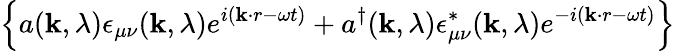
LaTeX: \left\{ a({\mathbf k},\lambda)\epsilon_{\mu\nu}({\mathbf k},\lambda)e^{i({\mathbf k\cdot r}-\omega t)}+a^{\dagger}({\mathbf k},\lambda)\epsilon_{\mu\nu}^{*}({\mathbf k},\lambda)e^{-i({\mathbf k\cdot r}-\omega t)}\right\}